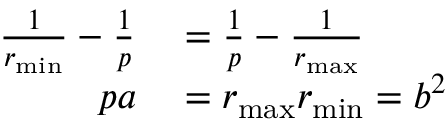
\begin{array} { r l } { { \frac { 1 } { r _ { \operatorname* { m i n } } } } - { \frac { 1 } { p } } } & { { } = { \frac { 1 } { p } } - { \frac { 1 } { r _ { \operatorname* { m a x } } } } } \\ { p a } & { { } = r _ { \operatorname* { m a x } } r _ { \operatorname* { m i n } } = b ^ { 2 } \, } \end{array}